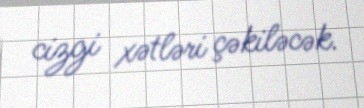
cizgi xətləri çəkiləcək.